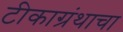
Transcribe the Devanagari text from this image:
टीकाग्रंथाचा